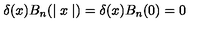
\delta ( x ) B _ { n } ( \mid x \mid ) = \delta ( x ) B _ { n } ( 0 ) = 0